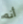
أنه